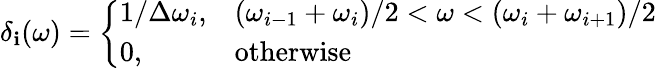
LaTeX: \delta_{\mathbf{i}}(\omega)=\left\{ \begin{array}{ll}{1/\Delta\omega_{i},}&{(\omega_{i-1}+\omega_{i})/2<\omega<(\omega_{i}+\omega_{i+1})/2}\\ {0,}&{\mathrm{otherwise}}\end{array}\right.